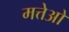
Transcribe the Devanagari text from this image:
मत्तेओ